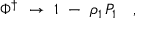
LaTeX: \Phi ^ { \dagger } \ \to \ 1 \ - \ \rho _ { 1 } \, P _ { 1 } \quad ,